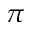
\pi